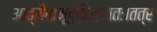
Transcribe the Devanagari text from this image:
आत्मैवाभूद्विजानतः।तत्र